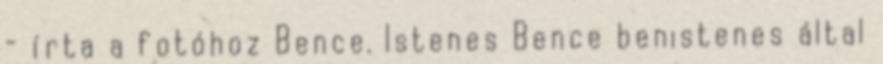
- írta a fotóhoz Bence. Istenes Bence benistenes által